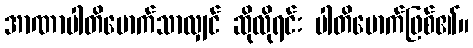
အာဏာပါတိမောက်သာလျှင် ဆိုလိုရင်း ပါတိမောက်ဖြစ်၏။